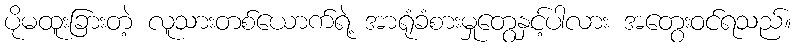
ပိုမထူးခြားတဲ့ လူသားတစ်ယောက်ရဲ့ အာရုံခံစားမှုတွေနှင့်ပါလား အတွေးဝင်ရသည်။